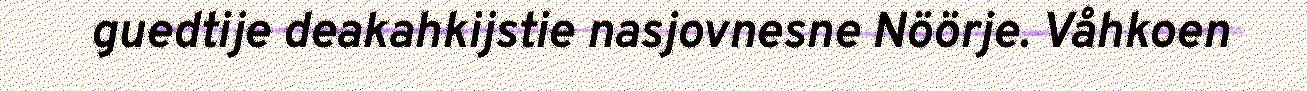
guedtije deakahkijstie nasjovnesne Nöörje. Våhkoen